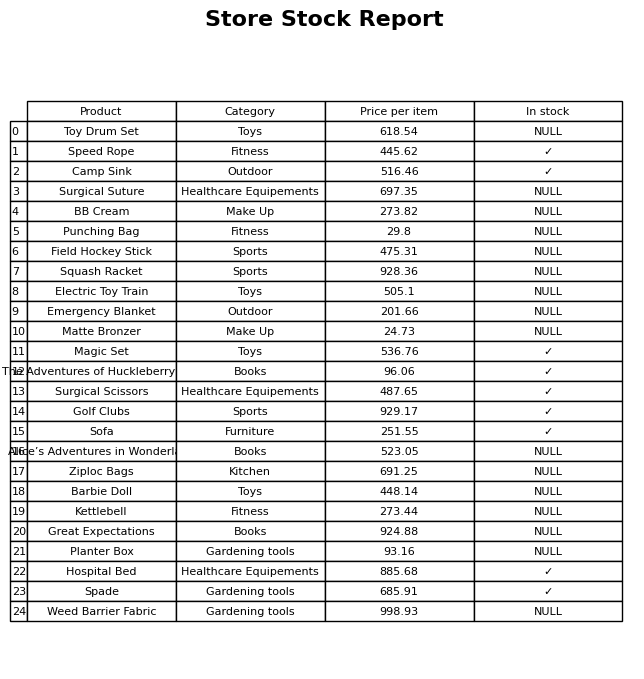
question: What is the price for Surgical Scissors?
answer: The price of Surgical Scissors is 487.65.